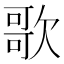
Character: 歌